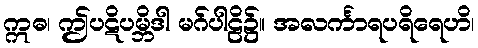
ဣဓ၊ ဤပဋိပမ္ဘိဒါ မဂ်ပါဠိ၌။ အလင်္ကာရပရိရေဟိ၊